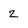
Character: 2